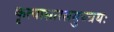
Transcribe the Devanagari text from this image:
कृत्यासारसमुच्चयः